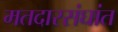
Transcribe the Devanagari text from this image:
मतदारसंघांत